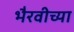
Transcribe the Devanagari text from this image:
भैरवीच्या